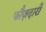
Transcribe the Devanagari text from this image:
फौज़दारी